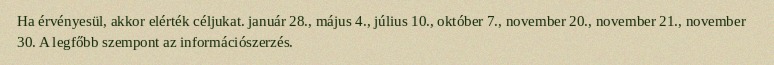
Ha érvényesül, akkor elérték céljukat. január 28., május 4., július 10., október 7., november 20., november 21., november 30. A legfőbb szempont az információszerzés.